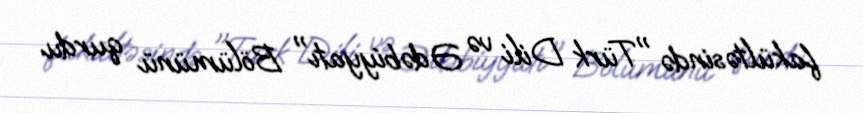
fakültəsində "Türk Dili və Ədəbiyyatı" Bölümünü qurdu.